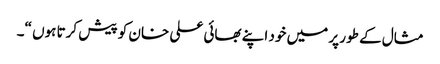
مثال کے طور پر میں خود اپنے بھائی علی خان کو پیش کرتا ہوں “۔